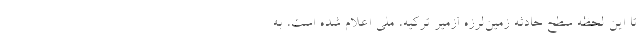
تا این لحظه سطح حادثه زمین‌لرزه ازمیر ترکیه، ملی اعلام شده است، به